Punjab Mental Hospital Lahore 1922-31 - 1922-1931
Year: 1922
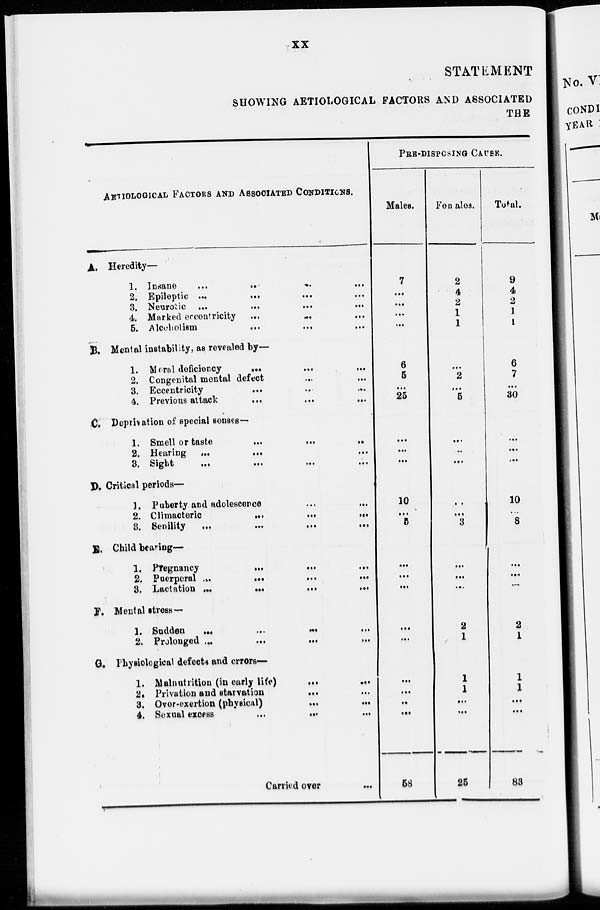
xx
STATEMENT
SHOWING AETIOLOGICAL FACTORS AND ASSOCIATED
THE
AETIOLOGICAL FACTORS AND ASSOCIATED CONDITIONS.
A. Heredity—
1.
Insane
...
...
...
...
2. Epileptic
...
...
...
...
3. Neurotic
...
...
...
...
4. Marked eccentricity ... ... ...
5. Alcoholism
...
...
...
...
B. Mental instability, as revealed by—
1. Moral deficiency ... ... ...
2. Congenital mental defect
...
...
...
3. Eccentricity
...
...
...
...
4. Previous attack
...
...
...
C. Deprivation of special senses—
1. Smell or taste
...
...
...
...
2. Hearing ... ... ... ...
3. Sight
...
...
...
...
D. Critical periods—
1. Puberty and adolescence
...
...
...
2. Climacteric
...
...
...
...
3. Senility
...
...
...
...
E. Child bearing—
1. Pregnancy
...
...
...
...
2. Puerperal
...
...
...
...
3. Lactation
...
...
...
...
J. Mental stress—
1. Sudden
...
...
...
...
2. Prolonged
...
...
...
...
G. Physiological defects and errors—
1. Malnutrition (in early life)
...
...
...
2. Privation and starvation
...
...
...
3. Over-exertion (physical)
...
...
...
4. Sexual excess ... ... ... ...
Carried
over ...
PRE-DISPCSING CAUSE.
Males.
7
...
...
...
...
6
5
...
25
...
...
...
10
...
5
...
...
...
...
...
...
...
...
...
58
Females.
2
4
2
1
1
...
2
...
5
...
...
...
...
...
3
...
...
...
2
1
1
1
...
...
25
Total.
9
4
2
1
1
6
7
...
30
...
...
...
10
...
8
...
...
...
2
1
1
1
...
...
83